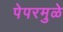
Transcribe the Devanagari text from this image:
पेपरमुळे